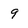
Character: 9